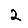
Digit: 2